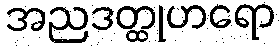
အညဒတ္ထုဟရော